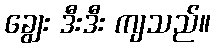
ချွေး ဒီးဒီး ကျသည်။